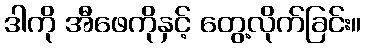
ဒါကို အီဖေကိုနှင့် တွေ့လိုက်ခြင်း။